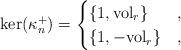
LaTeX: \begin{gather*}\ker(\kappa_n^+)= \begin{cases}\{1,{\rm vol}_r\} & ,\\\{1,-{\rm vol}_r\} & , \end{cases}\end{gather*}